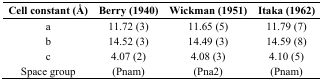
<table><thead><tr><td><b>Cell constant (Å)</b></td><td><b>Berry (1940)</b></td><td><b>Wickman (1951)</b></td><td><b>Itaka (1962)</b></td></tr></thead><tbody><tr><td>a</td><td>11.72 (3)</td><td>11.65 (5)</td><td>11.79 (7)</td></tr><tr><td>b</td><td>14.52 (3)</td><td>14.49 (3)</td><td>14.59 (8)</td></tr><tr><td>c</td><td>4.07 (2)</td><td>4.08 (3)</td><td>4.10 (5)</td></tr><tr><td>Space group</td><td>(Pnam)</td><td>(Pna2)</td><td>(Pnam)</td></tr></tbody></table>